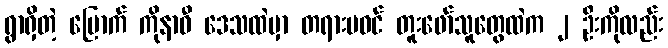
ရွာရှိတဲ့ မြောက် ကိုနာဝီ ဒေသထဲမှာ တရားမဝင် တူးဖော်သူတွေထဲက ၂ ဦးကိုလည်း